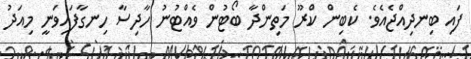
ފައި ބިނދިއްޖެއެވެ. ކެބިން ކްރޫ މަތިންދާ ބޯޓުން ވެއްޓުނު ހާދިސާ ހިނގާފައިވަނީ މިއަދު